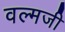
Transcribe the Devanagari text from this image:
वल्मजी